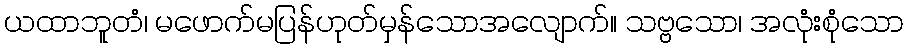
ယထာဘူတံ၊ မဖောက်မပြန်ဟုတ်မှန်သောအလျောက်။ သဗ္ဗသော၊ အလုံးစုံသော